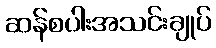
ဆန်စပါးအသင်းချုပ်